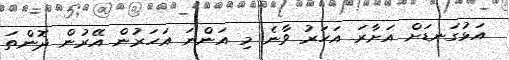
އަޅުގަނޑަށް އަށާރަ އަހަރު ވާނެ މި އަންނަ އަހަރުން އޭރުން ދޮންތަ